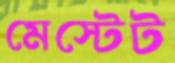
মেস্টেট